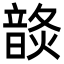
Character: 𩐬